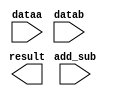
// megafunction wizard: %LPM_ADD_SUB%VBB%
// GENERATION: STANDARD
// VERSION: WM1.0
// MODULE: LPM_ADD_SUB 

// ============================================================
// Megafunction Name(s):
// 			LPM_ADD_SUB
//
// Simulation Library Files(s):
// 			lpm
// ============================================================
// ************************************************************
// THIS IS A WIZARD-GENERATED FILE. DO NOT EDIT THIS FILE!
//
// 18.1.0 Build 625 09/12/2018 SJ Lite Edition
// ************************************************************

//Copyright (C) 2018  Intel Corporation. All rights reserved.
//Your use of Intel Corporation's design tools, logic functions 
//and other software and tools, and its AMPP partner logic 
//functions, and any output files from any of the foregoing 
//(including device programming or simulation files), and any 
//associated documentation or information are expressly subject 
//to the terms and conditions of the Intel Program License 
//Subscription Agreement, the Intel Quartus Prime License Agreement,
//the Intel FPGA IP License Agreement, or other applicable license
//agreement, including, without limitation, that your use is for
//the sole purpose of programming logic devices manufactured by
//Intel and sold by Intel or its authorized distributors.  Please
//refer to the applicable agreement for further details.

module Fixed_Add_Sub (
	add_sub,
	dataa,
	datab,
	result);

	input	  add_sub;
	input	[21:0]  dataa;
	input	[21:0]  datab;
	output	[21:0]  result;

endmodule

// ============================================================
// CNX file retrieval info
// ============================================================
// Retrieval info: PRIVATE: CarryIn NUMERIC "0"
// Retrieval info: PRIVATE: CarryOut NUMERIC "0"
// Retrieval info: PRIVATE: ConstantA NUMERIC "0"
// Retrieval info: PRIVATE: ConstantB NUMERIC "0"
// Retrieval info: PRIVATE: Function NUMERIC "2"
// Retrieval info: PRIVATE: INTENDED_DEVICE_FAMILY STRING "Cyclone V"
// Retrieval info: PRIVATE: LPM_PIPELINE NUMERIC "0"
// Retrieval info: PRIVATE: Latency NUMERIC "0"
// Retrieval info: PRIVATE: Overflow NUMERIC "0"
// Retrieval info: PRIVATE: RadixA NUMERIC "10"
// Retrieval info: PRIVATE: RadixB NUMERIC "10"
// Retrieval info: PRIVATE: Representation NUMERIC "1"
// Retrieval info: PRIVATE: SYNTH_WRAPPER_GEN_POSTFIX STRING "0"
// Retrieval info: PRIVATE: ValidCtA NUMERIC "0"
// Retrieval info: PRIVATE: ValidCtB NUMERIC "0"
// Retrieval info: PRIVATE: WhichConstant NUMERIC "0"
// Retrieval info: PRIVATE: aclr NUMERIC "0"
// Retrieval info: PRIVATE: clken NUMERIC "0"
// Retrieval info: PRIVATE: nBit NUMERIC "22"
// Retrieval info: PRIVATE: new_diagram STRING "1"
// Retrieval info: LIBRARY: lpm lpm.lpm_components.all
// Retrieval info: CONSTANT: LPM_DIRECTION STRING "UNUSED"
// Retrieval info: CONSTANT: LPM_HINT STRING "ONE_INPUT_IS_CONSTANT=NO,CIN_USED=NO"
// Retrieval info: CONSTANT: LPM_REPRESENTATION STRING "UNSIGNED"
// Retrieval info: CONSTANT: LPM_TYPE STRING "LPM_ADD_SUB"
// Retrieval info: CONSTANT: LPM_WIDTH NUMERIC "22"
// Retrieval info: USED_PORT: add_sub 0 0 0 0 INPUT NODEFVAL "add_sub"
// Retrieval info: USED_PORT: dataa 0 0 22 0 INPUT NODEFVAL "dataa[21..0]"
// Retrieval info: USED_PORT: datab 0 0 22 0 INPUT NODEFVAL "datab[21..0]"
// Retrieval info: USED_PORT: result 0 0 22 0 OUTPUT NODEFVAL "result[21..0]"
// Retrieval info: CONNECT: @add_sub 0 0 0 0 add_sub 0 0 0 0
// Retrieval info: CONNECT: @dataa 0 0 22 0 dataa 0 0 22 0
// Retrieval info: CONNECT: @datab 0 0 22 0 datab 0 0 22 0
// Retrieval info: CONNECT: result 0 0 22 0 @result 0 0 22 0
// Retrieval info: GEN_FILE: TYPE_NORMAL Fixed_Add_Sub.v TRUE
// Retrieval info: GEN_FILE: TYPE_NORMAL Fixed_Add_Sub.inc TRUE
// Retrieval info: GEN_FILE: TYPE_NORMAL Fixed_Add_Sub.cmp TRUE
// Retrieval info: GEN_FILE: TYPE_NORMAL Fixed_Add_Sub.bsf TRUE
// Retrieval info: GEN_FILE: TYPE_NORMAL Fixed_Add_Sub_inst.v TRUE
// Retrieval info: GEN_FILE: TYPE_NORMAL Fixed_Add_Sub_bb.v TRUE
// Retrieval info: LIB_FILE: lpm